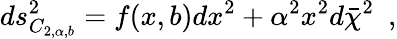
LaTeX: ds_{C_{2,\alpha,b}}^{2}=f(x,b)dx^{2}+\alpha^{2}x^{2}d\bar{\chi}^{2}~~,